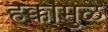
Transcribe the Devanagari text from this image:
हक्कांमुळे